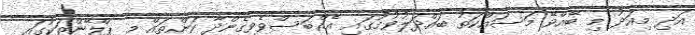
އަދި މިއަދު މި ބޭއްވޭ މަސައްކަތު ބައްދަލުވުމުގައި އެއްްބަސްވެވިގެންދާ ކަންތައް މި ޕްލޭންތަކުގައި